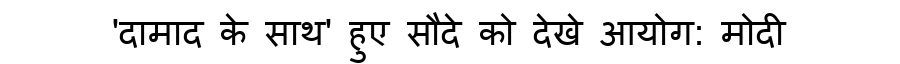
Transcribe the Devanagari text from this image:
'दामाद के साथ' हुए सौदे को देखे आयोग: मोदी